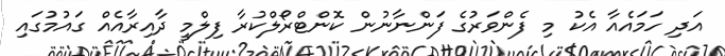
އަދި ހަމައެއާ އެކު މި ފެންވަރުގެ ފަންނާނުން ކޮންޓްރޯލްކުރާ ފިލްމީ ދާއިރާއެއް ގައުމުގައި